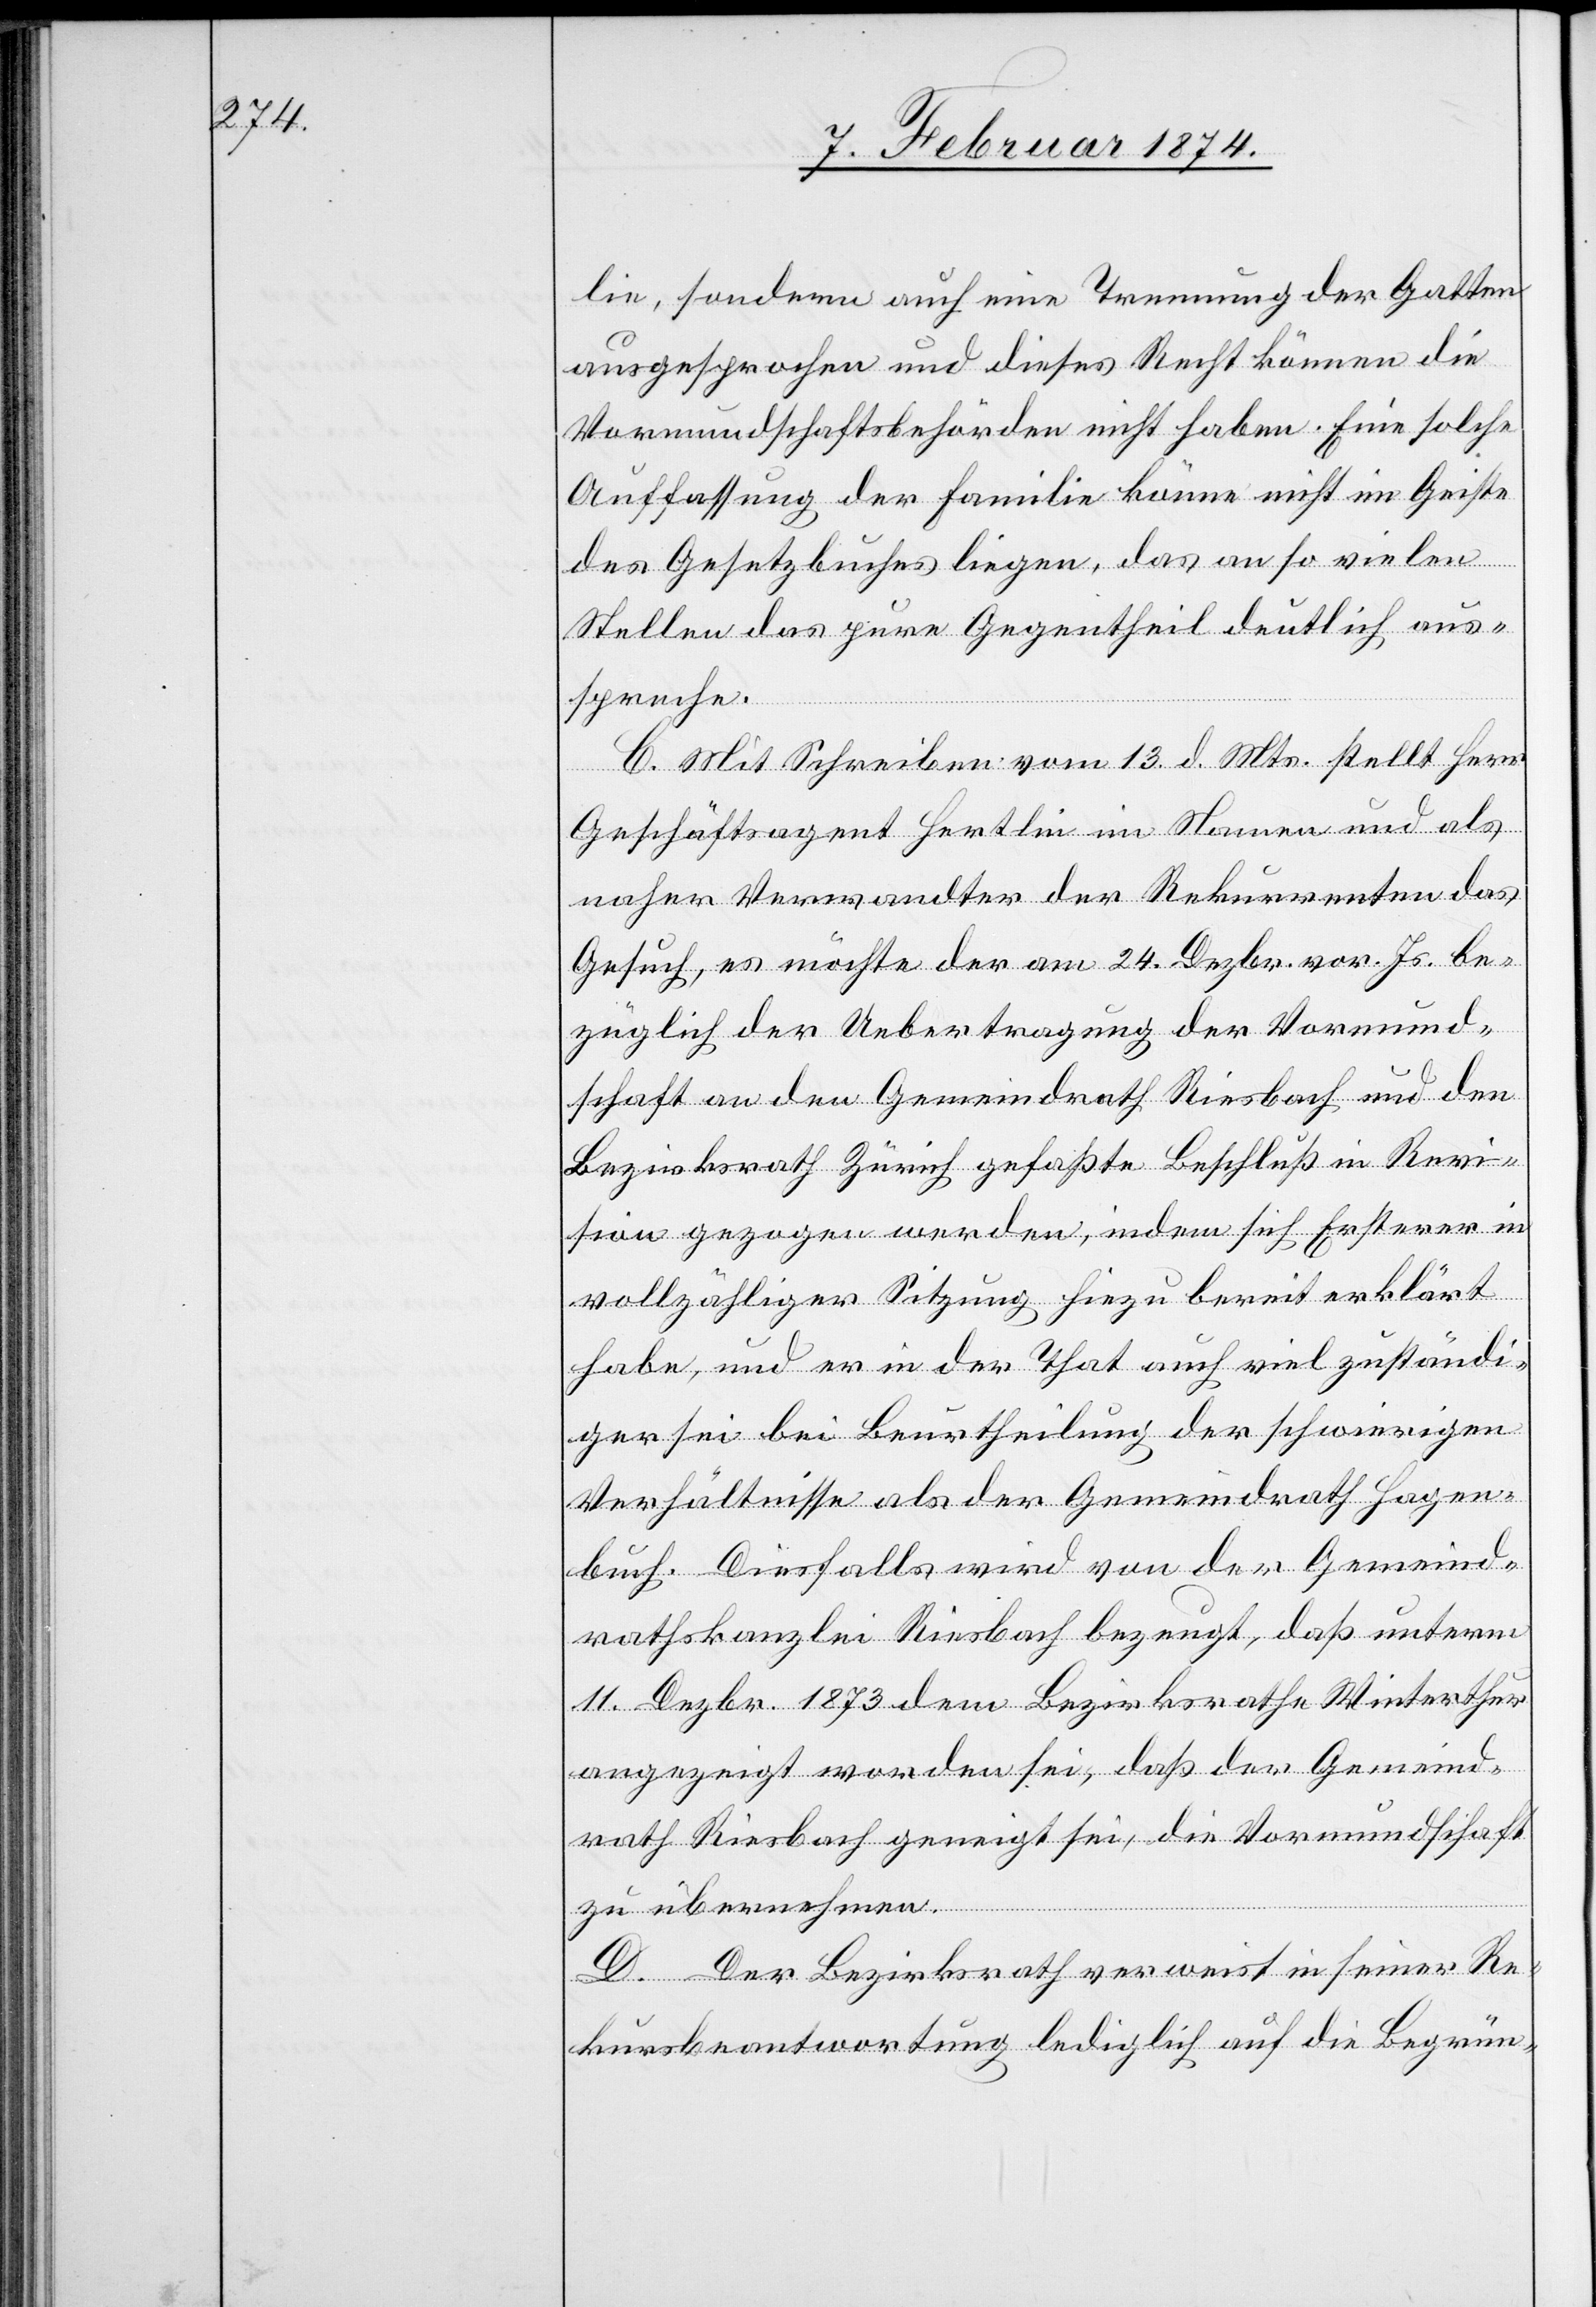
schaft

lie, sondern auch eine Trennung der Gatten
ausgesprochen und dieses Recht können die
Vormundschaftsbehörden nicht haben. Eine solche
Auffassung der Familie könne nicht im Geiste
des Gesetzbuches liegen, das an so vielen
Stellen das pure Gegentheil deutlich aus¬
spreche.
C. Mit Schreiben vom 13. d. Mts. stellt Herr
Geschäftsagent Hertlin im Namen und als
naher Verwandter der Rekurrenten das
Gesuch, es möchte der am 24. Dezbr. vor. Js. be¬
züglich der Uebertragung der Vormund¬
schaft an den Gemeindrath Riesbach und den
Bezirksrath Zürich gefaßte Beschluß in Revi¬
sion gezogen werden, indem sich Ersterer in
vollzähliger Sitzung hiezu bereit erklärt
habe, und er in der That auch viel zuständi¬
ger sei bei Beurtheilung der schwierigen
Verhältnisse als der Gemeindrath Hagen¬
buch. Diesfalls wird von der Gemeind¬
rathskanzlei Riesbach bezeugt, daß unterm
11. Dezbr. 1873 dem Bezirksrathe Winterthur
angezeigt worden sei, die Vormund¬
zu übernehmen.
D. Der Bezirksrath verweist in seiner Re¬
kursbeantwortung lediglich auf die Begrün-